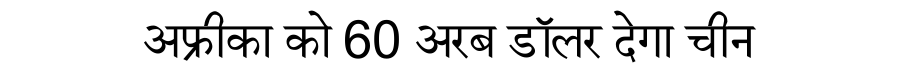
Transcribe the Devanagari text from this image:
अफ्रीका को 60 अरब डॉलर देगा चीन